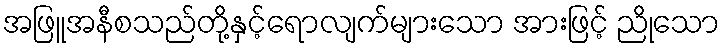
အဖြူအနီစသည်တို့နှင့်ရောလျက်များသော အားဖြင့် ညိုသော